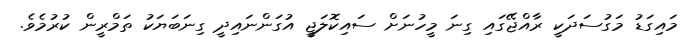
މައިގަޑު މަގުސަދަކީ ރާއްޖޭގައި ގިނަ މީހުނަށް ސައިކޮލަޖީ އުގަންނައިދީ ގިނަބަޔަކު ތަމްރީން ކުރުމެވެ.